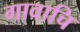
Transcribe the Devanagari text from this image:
गावाचि